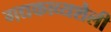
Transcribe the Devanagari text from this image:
गद्यकाव्यशैली